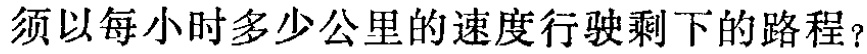
须以每小时多少公里的速度行驶剩下的路程？